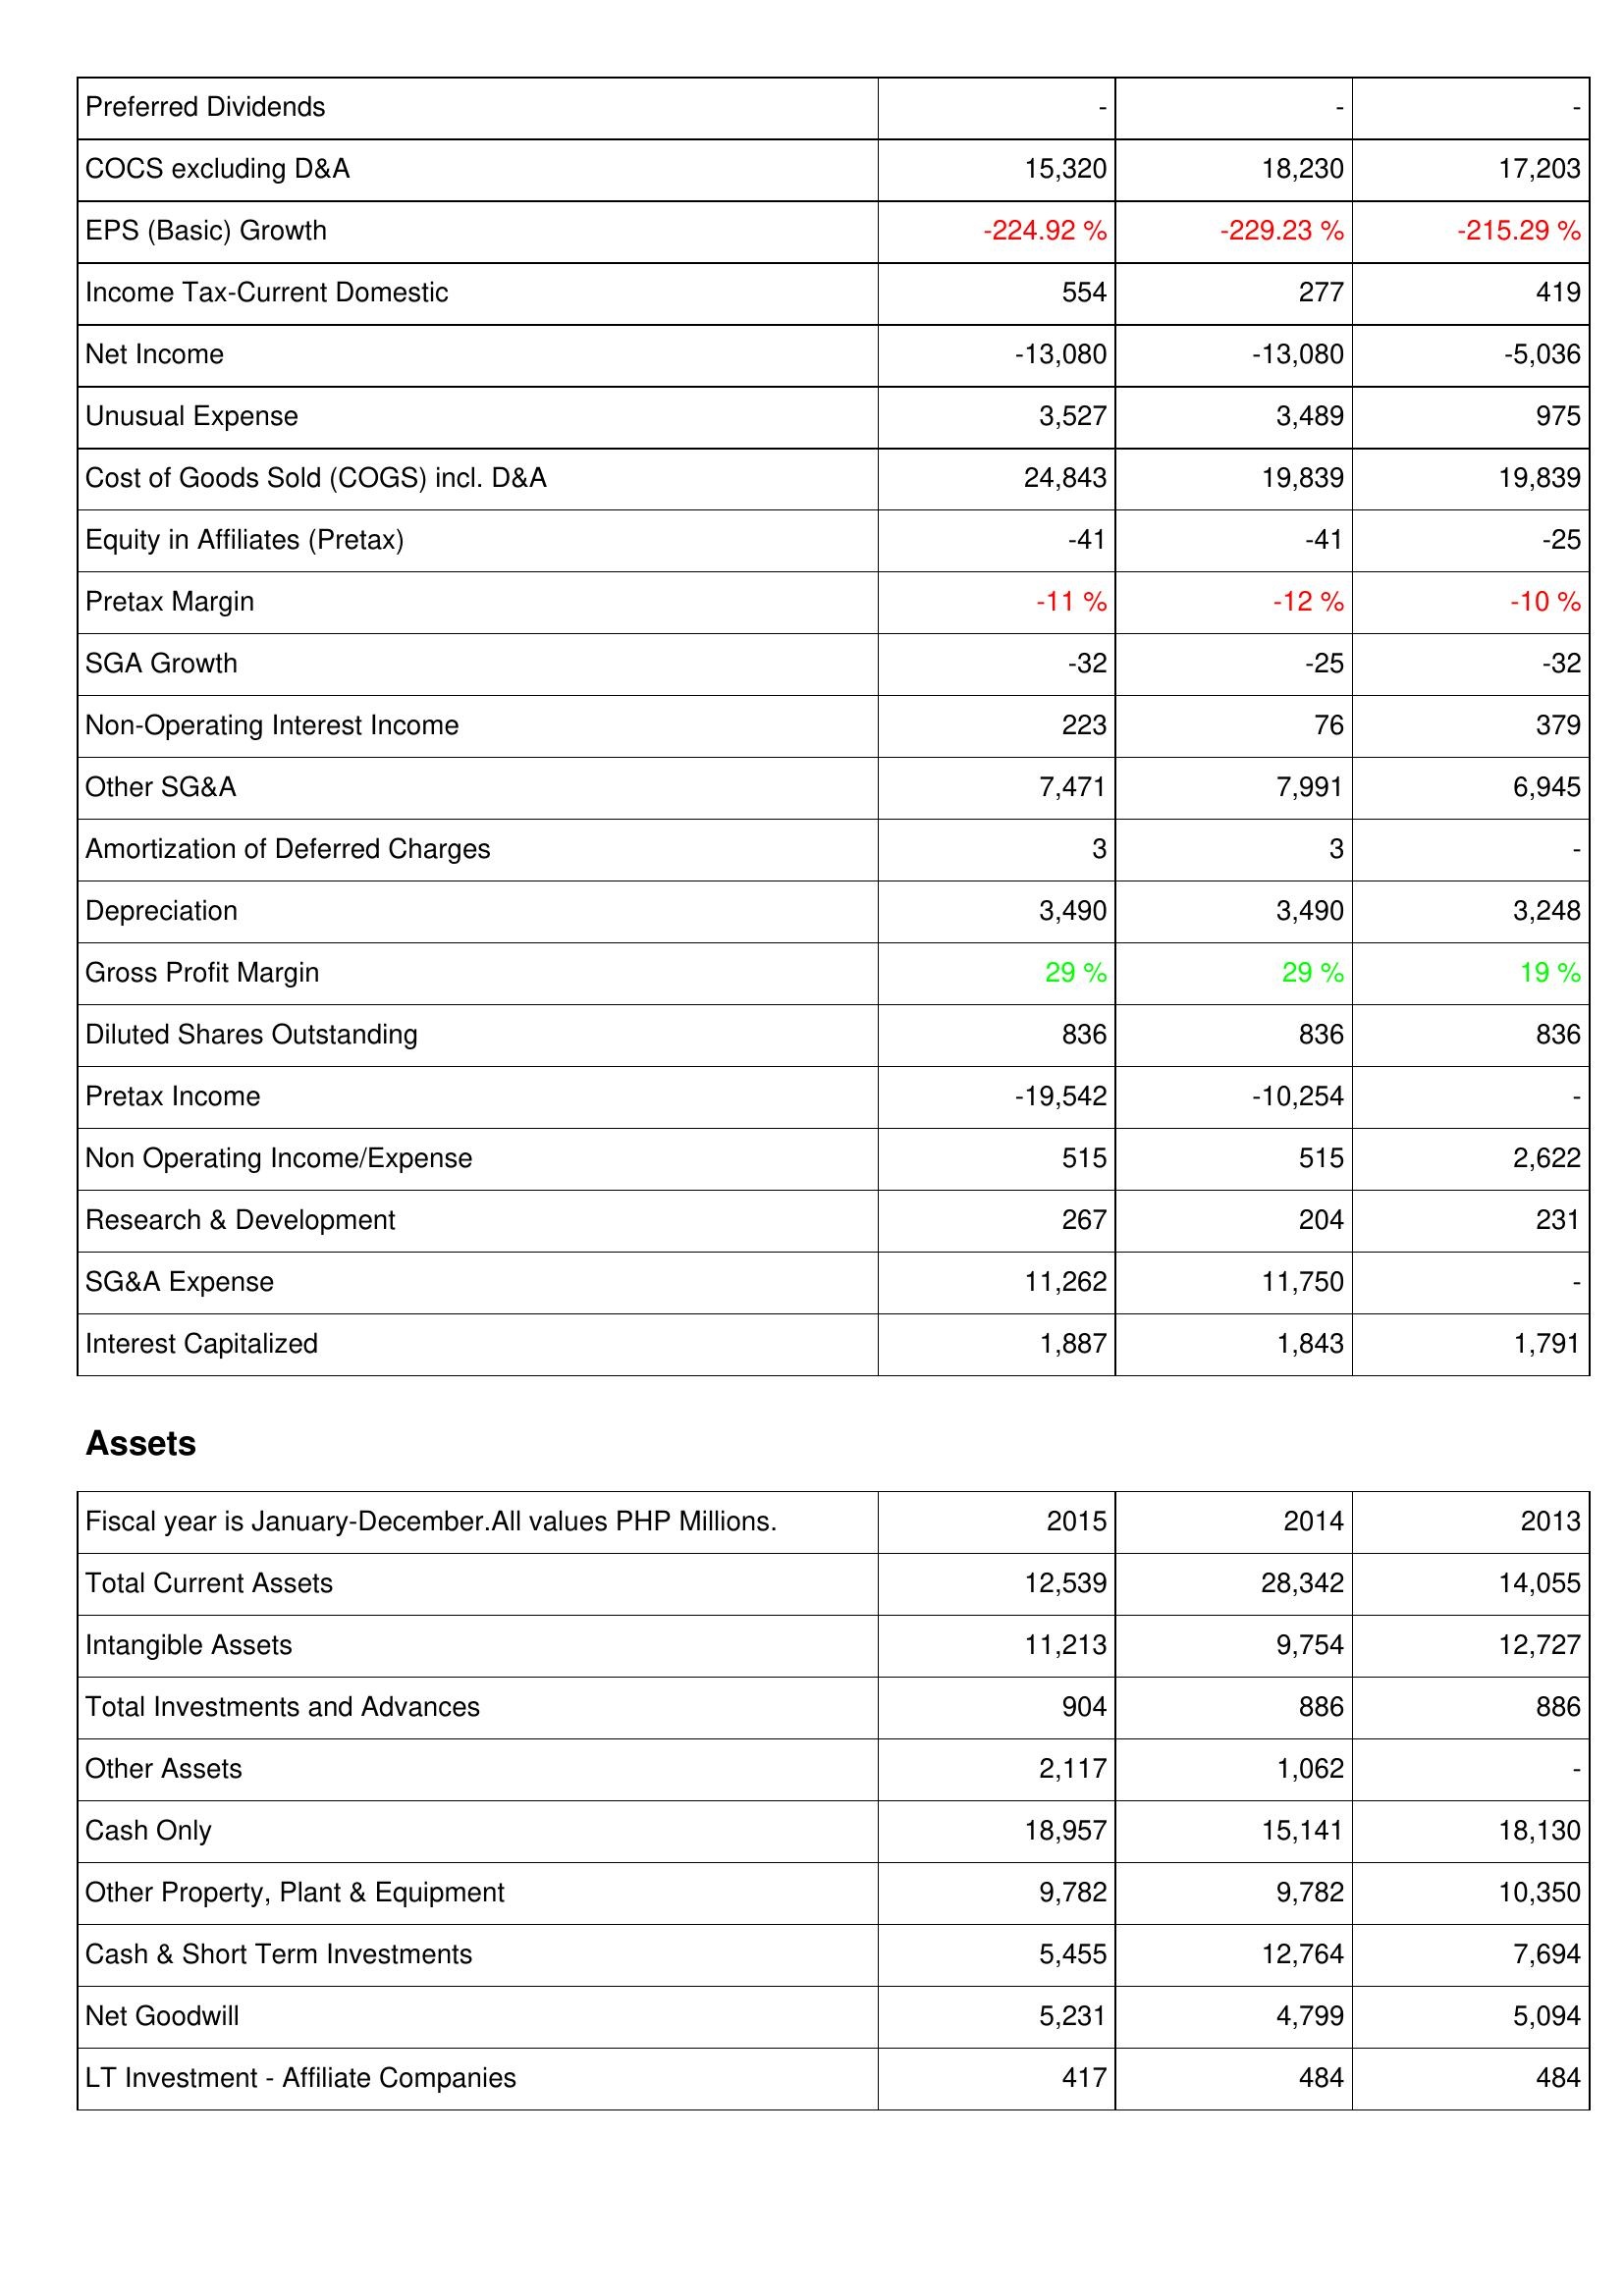
2015: Income Statement: Preferred Dividends: -
COCS excluding D&A: 15,320
EPS (Basic) Growth: -224.92 %
Income Tax-Current Domestic: 554
Net Income: -13,080
Unusual Expense: 3,527
Cost of Goods Sold (COGS) incl. D&A: 24,843
Equity in Affiliates (Pretax): -41
Pretax Margin: -11 %
SGA Growth: -32
Non-Operating Interest Income: 223
Other SG&A: 7,471
Amortization of Deferred Charges: 3
Depreciation: 3,490
Gross Profit Margin: 29 %
Diluted Shares Outstanding: 836
Pretax Income: -19,542
Non Operating Income/Expense: 515
Research & Development: 267
SG&A Expense: 11,262
Interest Capitalized: 1,887
Assets: Total Current Assets: 12,539
Intangible Assets: 11,213
Total Investments and Advances: 904
Other Assets: 2,117
Cash Only: 18,957
Other Property, Plant & Equipment: 9,782
Cash & Short Term Investments: 5,455
Net Goodwill: 5,231
LT Investment - Affiliate Companies: 417
2014: Income Statement: Preferred Dividends: -
COCS excluding D&A: 18,230
EPS (Basic) Growth: -229.23 %
Income Tax-Current Domestic: 277
Net Income: -13,080
Unusual Expense: 3,489
Cost of Goods Sold (COGS) incl. D&A: 19,839
Equity in Affiliates (Pretax): -41
Pretax Margin: -12 %
SGA Growth: -25
Non-Operating Interest Income: 76
Other SG&A: 7,991
Amortization of Deferred Charges: 3
Depreciation: 3,490
Gross Profit Margin: 29 %
Diluted Shares Outstanding: 836
Pretax Income: -10,254
Non Operating Income/Expense: 515
Research & Development: 204
SG&A Expense: 11,750
Interest Capitalized: 1,843
Assets: Total Current Assets: 28,342
Intangible Assets: 9,754
Total Investments and Advances: 886
Other Assets: 1,062
Cash Only: 15,141
Other Property, Plant & Equipment: 9,782
Cash & Short Term Investments: 12,764
Net Goodwill: 4,799
LT Investment - Affiliate Companies: 484
2013: Income Statement: Preferred Dividends: -
COCS excluding D&A: 17,203
EPS (Basic) Growth: -215.29 %
Income Tax-Current Domestic: 419
Net Income: -5,036
Unusual Expense: 975
Cost of Goods Sold (COGS) incl. D&A: 19,839
Equity in Affiliates (Pretax): -25
Pretax Margin: -10 %
SGA Growth: -32
Non-Operating Interest Income: 379
Other SG&A: 6,945
Amortization of Deferred Charges: -
Depreciation: 3,248
Gross Profit Margin: 19 %
Diluted Shares Outstanding: 836
Pretax Income: -
Non Operating Income/Expense: 2,622
Research & Development: 231
SG&A Expense: -
Interest Capitalized: 1,791
Assets: Total Current Assets: 14,055
Intangible Assets: 12,727
Total Investments and Advances: 886
Other Assets: -
Cash Only: 18,130
Other Property, Plant & Equipment: 10,350
Cash & Short Term Investments: 7,694
Net Goodwill: 5,094
LT Investment - Affiliate Companies: 484